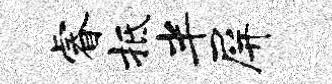
睿抵半屏